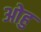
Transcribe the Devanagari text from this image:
ओहु